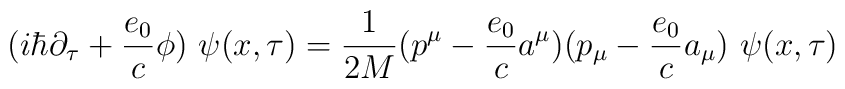
(i \hbar \partial_{\tau} + \frac{ e_{0} }{c} \phi) \ \psi(x,\tau)=\frac{1}{2M}(p^{\mu}-\frac{ e_{0} }{c}a^{\mu})(p_{\mu}-\frac{ e_{0} }{c}a_{\mu}) \ \psi(x,\tau)